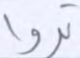
تروا